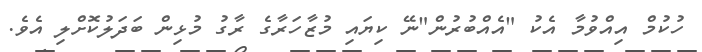
ހުކުމް އިއްވުމާ އެކު "އެއްބުރުން"ނޭ ކިޔައި މުޒާހަރާގެ ރާގު މުޅިން ބަދަލުކޮށްލި އެވެ.